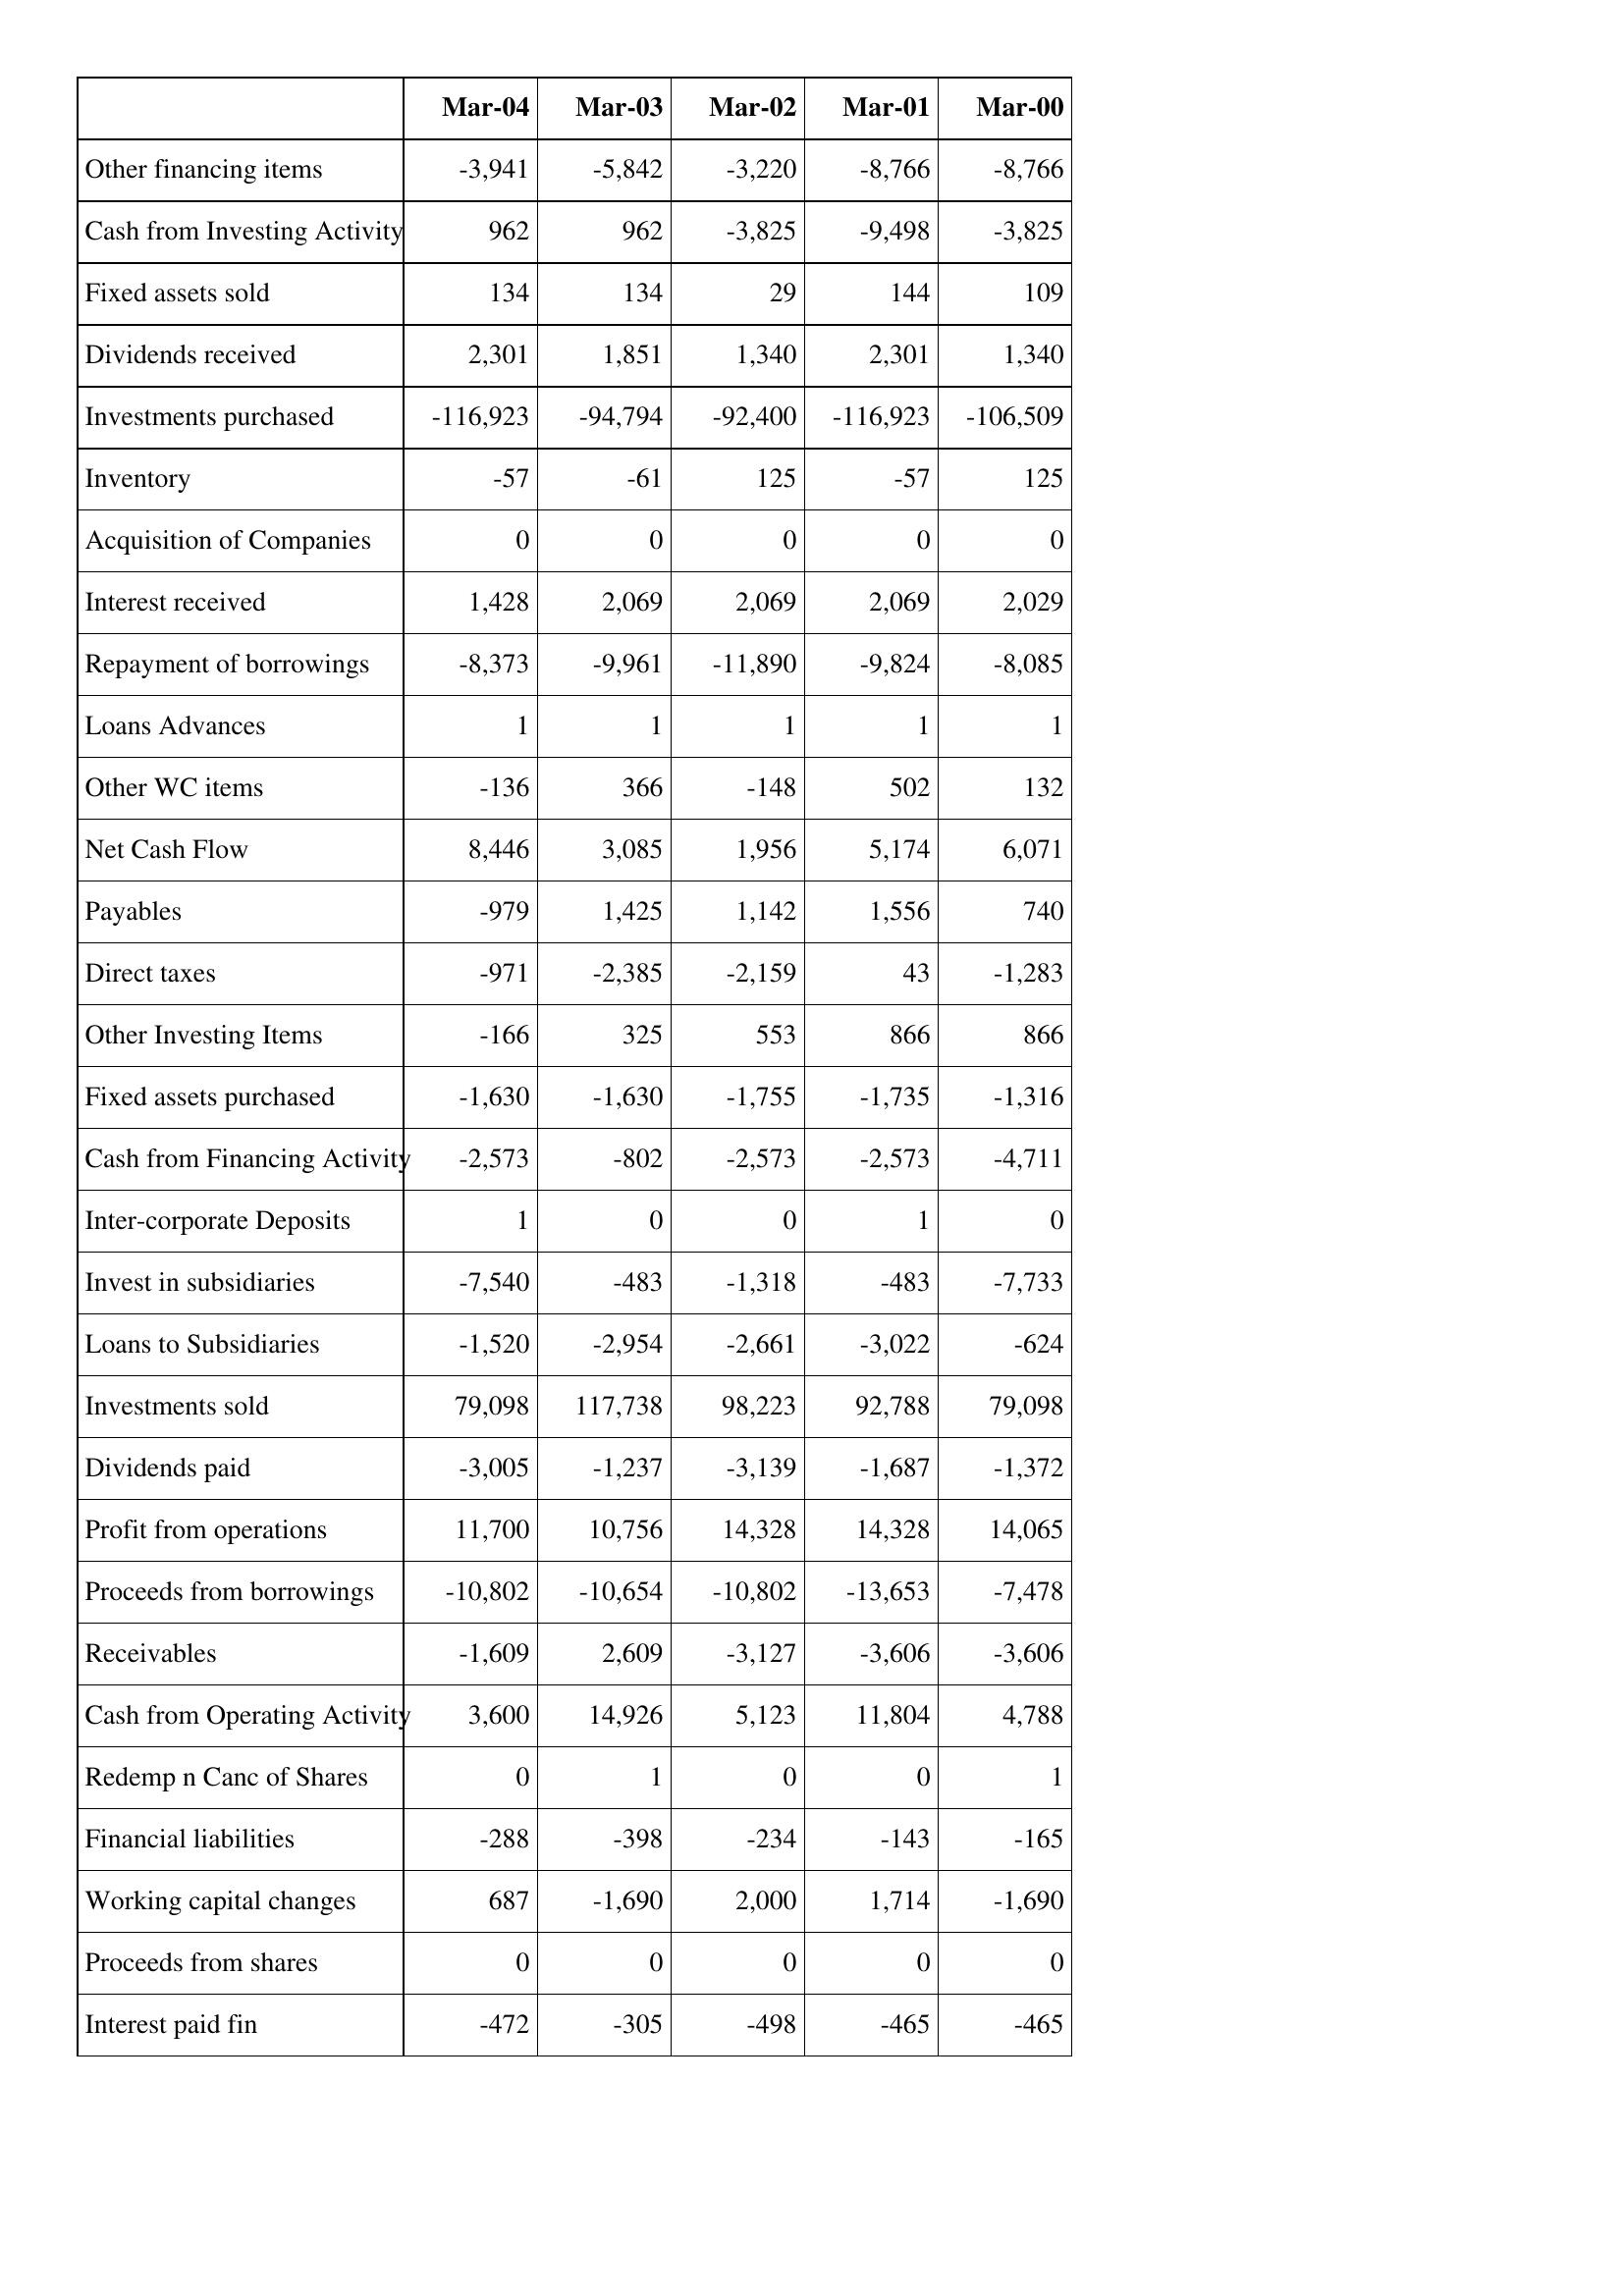
Mar-04: Cash Flows: Other financing items: -3,941
Cash from Investing Activity: 962
Fixed assets sold: 134
Dividends received: 2,301
Investments purchased: -116,923
Inventory: -57
Acquisition of Companies: 0
Interest received: 1,428
Repayment of borrowings: -8,373
Loans Advances: 1
Other WC items: -136
Net Cash Flow: 8,446
Payables: -979
Direct taxes: -971
Other Investing Items: -166
Fixed assets purchased: -1,630
Cash from Financing Activity: -2,573
Inter-corporate Deposits: 1
Invest in subsidiaries: -7,540
Loans to Subsidiaries: -1,520
Investments sold: 79,098
Dividends paid: -3,005
Profit from operations: 11,700
Proceeds from borrowings: -10,802
Receivables: -1,609
Cash from Operating Activity: 3,600
Redemp n Canc of Shares: 0
Financial liabilities: -288
Working capital changes: 687
Proceeds from shares: 0
Interest paid fin: -472
Mar-03: Cash Flows: Other financing items: -5,842
Cash from Investing Activity: 962
Fixed assets sold: 134
Dividends received: 1,851
Investments purchased: -94,794
Inventory: -61
Acquisition of Companies: 0
Interest received: 2,069
Repayment of borrowings: -9,961
Loans Advances: 1
Other WC items: 366
Net Cash Flow: 3,085
Payables: 1,425
Direct taxes: -2,385
Other Investing Items: 325
Fixed assets purchased: -1,630
Cash from Financing Activity: -802
Inter-corporate Deposits: 0
Invest in subsidiaries: -483
Loans to Subsidiaries: -2,954
Investments sold: 117,738
Dividends paid: -1,237
Profit from operations: 10,756
Proceeds from borrowings: -10,654
Receivables: 2,609
Cash from Operating Activity: 14,926
Redemp n Canc of Shares: 1
Financial liabilities: -398
Working capital changes: -1,690
Proceeds from shares: 0
Interest paid fin: -305
Mar-02: Cash Flows: Other financing items: -3,220
Cash from Investing Activity: -3,825
Fixed assets sold: 29
Dividends received: 1,340
Investments purchased: -92,400
Inventory: 125
Acquisition of Companies: 0
Interest received: 2,069
Repayment of borrowings: -11,890
Loans Advances: 1
Other WC items: -148
Net Cash Flow: 1,956
Payables: 1,142
Direct taxes: -2,159
Other Investing Items: 553
Fixed assets purchased: -1,755
Cash from Financing Activity: -2,573
Inter-corporate Deposits: 0
Invest in subsidiaries: -1,318
Loans to Subsidiaries: -2,661
Investments sold: 98,223
Dividends paid: -3,139
Profit from operations: 14,328
Proceeds from borrowings: -10,802
Receivables: -3,127
Cash from Operating Activity: 5,123
Redemp n Canc of Shares: 0
Financial liabilities: -234
Working capital changes: 2,000
Proceeds from shares: 0
Interest paid fin: -498
Mar-01: Cash Flows: Other financing items: -8,766
Cash from Investing Activity: -9,498
Fixed assets sold: 144
Dividends received: 2,301
Investments purchased: -116,923
Inventory: -57
Acquisition of Companies: 0
Interest received: 2,069
Repayment of borrowings: -9,824
Loans Advances: 1
Other WC items: 502
Net Cash Flow: 5,174
Payables: 1,556
Direct taxes: 43
Other Investing Items: 866
Fixed assets purchased: -1,735
Cash from Financing Activity: -2,573
Inter-corporate Deposits: 1
Invest in subsidiaries: -483
Loans to Subsidiaries: -3,022
Investments sold: 92,788
Dividends paid: -1,687
Profit from operations: 14,328
Proceeds from borrowings: -13,653
Receivables: -3,606
Cash from Operating Activity: 11,804
Redemp n Canc of Shares: 0
Financial liabilities: -143
Working capital changes: 1,714
Proceeds from shares: 0
Interest paid fin: -465
Mar-00: Cash Flows: Other financing items: -8,766
Cash from Investing Activity: -3,825
Fixed assets sold: 109
Dividends received: 1,340
Investments purchased: -106,509
Inventory: 125
Acquisition of Companies: 0
Interest received: 2,029
Repayment of borrowings: -8,085
Loans Advances: 1
Other WC items: 132
Net Cash Flow: 6,071
Payables: 740
Direct taxes: -1,283
Other Investing Items: 866
Fixed assets purchased: -1,316
Cash from Financing Activity: -4,711
Inter-corporate Deposits: 0
Invest in subsidiaries: -7,733
Loans to Subsidiaries: -624
Investments sold: 79,098
Dividends paid: -1,372
Profit from operations: 14,065
Proceeds from borrowings: -7,478
Receivables: -3,606
Cash from Operating Activity: 4,788
Redemp n Canc of Shares: 1
Financial liabilities: -165
Working capital changes: -1,690
Proceeds from shares: 0
Interest paid fin: -465